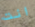
انت